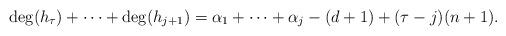
LaTeX: \begin{align*}\deg(h_\tau) + \cdots + \deg(h_{j+1})=\alpha_1+\cdots+\alpha_j-(d+1)+(\tau-j)(n+1).\end{align*}